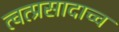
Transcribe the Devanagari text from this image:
त्वत्प्रसादाच्च